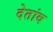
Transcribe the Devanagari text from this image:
देतांव